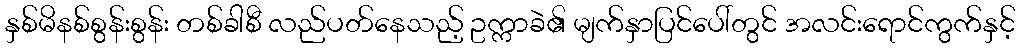
နှစ်မိနစ်စွန်းစွန်း တစ်ခါစီ လည်ပတ်နေသည့် ဥက္ကာခဲ၏ မျက်နှာပြင်ပေါ်တွင် အလင်းရောင်ကွက်နှင့်